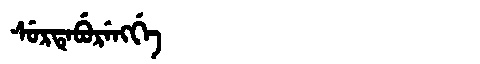
Manchu: ᠰᡠᡵᡨᡝᠪᡠᡵᡝᠩᡤᡝ
Romanization: SURTEBURENGGE